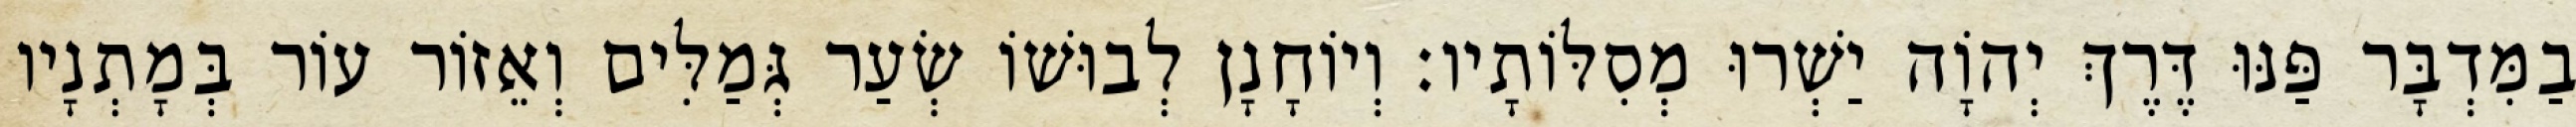
בַמִּדְבָּר פַּנּוּ דֶּרֶךְ יְהוָֹה יַשְׁרוּ מְסִלּוֹתָיו׃ וְיוֹחָנָן לְבוּשׁוֹ שְׂעַר גְּמַלִּים וְאֵזוֹר עוֹר בְּמָתְנָיו